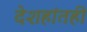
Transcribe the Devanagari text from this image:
देशहांतही